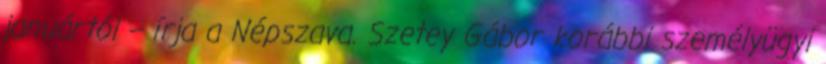
januártól – írja a Népszava. Szetey Gábor korábbi személyügyi